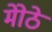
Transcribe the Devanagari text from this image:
मोेठे